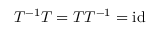
T ^ { - 1 } T = T T ^ { - 1 } = \mathrm { i d }